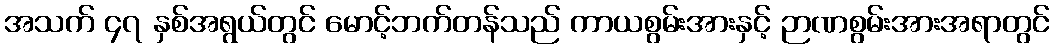
အသက် ၄၇ နှစ်အရွယ်တွင် မောင့်ဘက်တန်သည် ကာယစွမ်းအားနှင့် ဉာဏစွမ်းအားအရာတွင်